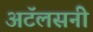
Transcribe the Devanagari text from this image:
अटॅलसनी